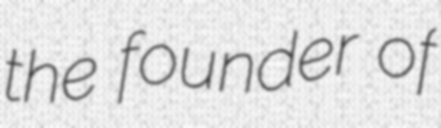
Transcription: the founder of